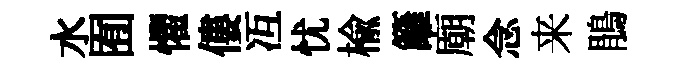
水囿懼僂冱忧榆籬廟念来鵑